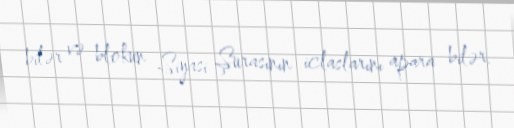
bilər və blokun Siyasi Şurasının iclaslarını apara bilər.